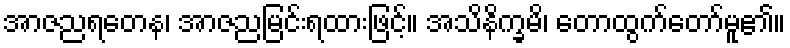
အာဇညရတေန၊ အာဇညမြင်းရထားဖြင့်။ အသိနိက္ခမိ၊ တောထွက်တော်မူ၏။